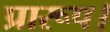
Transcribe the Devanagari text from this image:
प्रारूप।